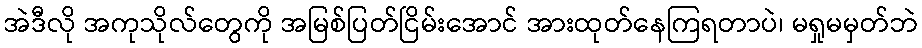
အဲဒီလို အကုသိုလ်တွေကို အမြစ်ပြတ်ငြိမ်းအောင် အားထုတ်နေကြရတာပဲ၊ မရှုမမှတ်ဘဲ